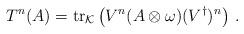
LaTeX: \begin{align*} T^n(A)=\operatorname{tr}_{\mathcal K}\left( V^n(A\otimes\omega)(V^\dagger)^n \right)\,.\end{align*}